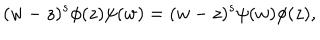
( w - z ) ^ { s } \phi ( z ) \psi ( w ) = ( w - z ) ^ { s } \psi ( w ) \phi ( z ) ,